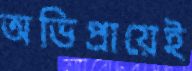
অভিপ্রায়েই